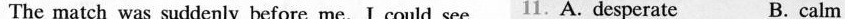
The match was suddenly before me.I could sec 1.A. Desperate B. calm